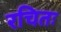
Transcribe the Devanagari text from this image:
रचितः